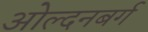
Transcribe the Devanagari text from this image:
ओल्दनबर्ग